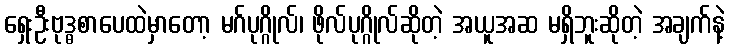
ရှေးဦးဗုဒ္ဓစာပေထဲမှာတော့ မဂ်ပုဂ္ဂိုလ်၊ ဖိုလ်ပုဂ္ဂိုလ်ဆိုတဲ့ အယူအဆ မရှိဘူးဆိုတဲ့ အချက်နဲ့